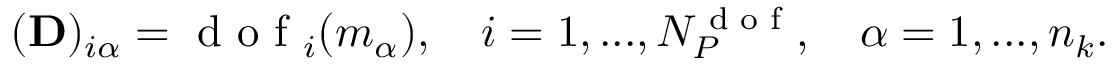
\begin{array} { r } { ( \mathbf { D } ) _ { i \alpha } = \textrm { d o f } _ { i } ( m _ { \alpha } ) , \quad i = 1 , . . . , N _ { { P } } ^ { \textrm { d o f } } , \quad \alpha = 1 , . . . , n _ { k } . } \end{array}